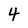
Character: 4